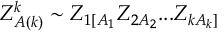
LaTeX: { \cal Z } _ { A ( k ) } ^ { k } \sim Z _ { 1 [ A _ { 1 } } Z _ { 2 A _ { 2 } } . . . Z _ { k A _ { k } ] }